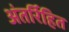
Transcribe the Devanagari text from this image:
अंतर्रिहित